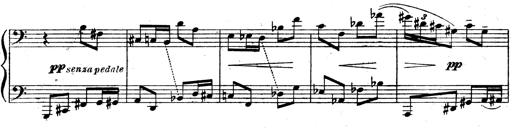
Title: 3 Sonatinas for Piano
Composer: Vissarion Shebalin